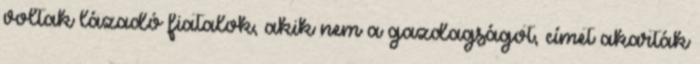
voltak lázadó fiatalok, akik nem a gazdagságot, címet akarták